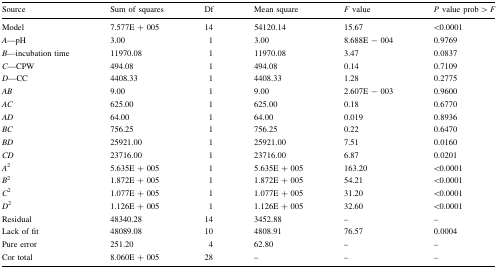
| Source | Sum of squares | Df | Mean square | F value | P value prob > F |
 | --- | --- | --- | --- | --- | --- |
 | Model | 7.577E + 005 | 14 | 54120.14 | 15.67 | <0.0001 |
 | A––pH | 3.00 | 1 | 3.00 | 8.688E − 004 | 0.9769 |
 | B––incubation time | 11970.08 | 1 | 11970.08 | 3.47 | 0.0837 |
 | C—CPW | 494.08 | 1 | 494.08 | 0.14 | 0.7109 |
 | D—CC | 4408.33 | 1 | 4408.33 | 1.28 | 0.2775 |
 | AB | 9.00 | 1 | 9.00 | 2.607E − 003 | 0.9600 |
 | AC | 625.00 | 1 | 625.00 | 0.18 | 0.6770 |
 | AD | 64.00 | 1 | 64.00 | 0.019 | 0.8936 |
 | BC | 756.25 | 1 | 756.25 | 0.22 | 0.6470 |
 | BD | 25921.00 | 1 | 25921.00 | 7.51 | 0.0160 |
 | CD | 23716.00 | 1 | 23716.00 | 6.87 | 0.0201 |
 | A2 | 5.635E + 005 | 1 | 5.635E + 005 | 163.20 | <0.0001 |
 | B2 | 1.872E + 005 | 1 | 1.872E + 005 | 54.21 | <0.0001 |
 | C2 | 1.077E + 005 | 1 | 1.077E + 005 | 31.20 | <0.0001 |
 | D2 | 1.126E + 005 | 1 | 1.126E + 005 | 32.60 | <0.0001 |
 | Residual | 48340.28 | 14 | 3452.88 | – | – |
 | Lack of fit | 48089.08 | 10 | 4808.91 | 76.57 | 0.0004 |
 | Pure error | 251.20 | 4 | 62.80 | – | – |
 | Cor total | 8.060E + 005 | 28 | – | – | – |